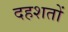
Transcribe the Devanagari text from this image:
दहशतों